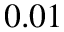
0 . 0 1